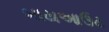
બાયઆઉટ